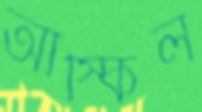
আস্কিল